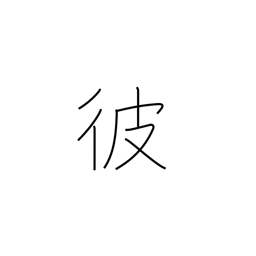
Meaning: the